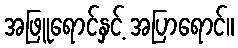
အဖြူရောင်နှင့် အပြာရောင်။